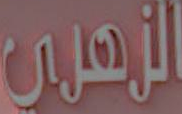
الزهرى